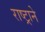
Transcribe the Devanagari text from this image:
राष्ट्रानेे